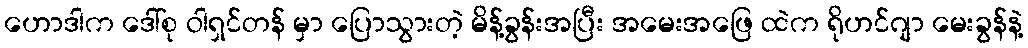
ဟောဒါက ဒေါ်စု ဝါရှင်တန် မှာ ပြောသွားတဲ့ မိန့်ခွန်းအပြီး အမေးအဖြေ ထဲက ရိုဟင်ဂျာ မေးခွန်နဲ့